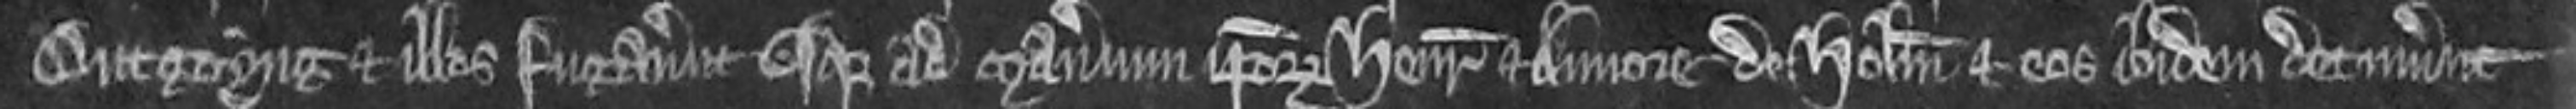
Outgoyng et illos fugaverunt usque ad manerium ipsorum Henrici et Annore de Holm et eos ibidem detinuerunt